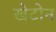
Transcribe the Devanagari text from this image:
खेटोन